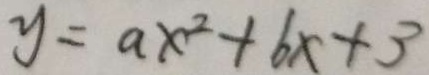
y = a x ^ { 2 } + b x + 3